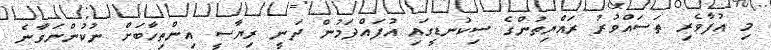
މި އުފާވެރި ތަސައްވުރު ރައްޔިތުންގެ ސިކުނޑީގައި އުފައްދަމުން ދަނީ ރިޔާސީ އިންތިހާބަށް ނުކުންނަވާނެ